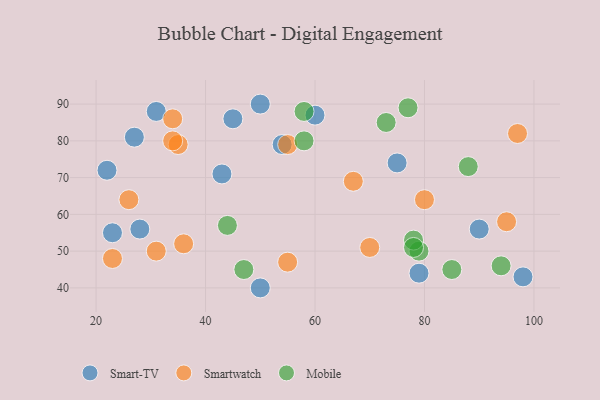
{"axis": {"x": "GDP", "y": "Life Expectancy"}, "legend": ["Mobile", "Smart-TV", "Smartwatch"], "data": [{"x": "98", "y": 43, "type": "Smart-TV"}, {"x": "31", "y": 88, "type": "Smart-TV"}, {"x": "75", "y": 74, "type": "Smart-TV"}, {"x": "90", "y": 56, "type": "Smart-TV"}, {"x": "60", "y": 87, "type": "Smart-TV"}, {"x": "54", "y": 79, "type": "Smart-TV"}, {"x": "50", "y": 40, "type": "Smart-TV"}, {"x": "27", "y": 81, "type": "Smart-TV"}, {"x": "43", "y": 71, "type": "Smart-TV"}, {"x": "50", "y": 90, "type": "Smart-TV"}, {"x": "23", "y": 55, "type": "Smart-TV"}, {"x": "28", "y": 56, "type": "Smart-TV"}, {"x": "45", "y": 86, "type": "Smart-TV"}, {"x": "22", "y": 72, "type": "Smart-TV"}, {"x": "79", "y": 44, "type": "Smart-TV"}, {"x": "31", "y": 50, "type": "Smartwatch"}, {"x": "95", "y": 58, "type": "Smartwatch"}, {"x": "35", "y": 79, "type": "Smartwatch"}, {"x": "70", "y": 51, "type": "Smartwatch"}, {"x": "34", "y": 86, "type": "Smartwatch"}, {"x": "55", "y": 79, "type": "Smartwatch"}, {"x": "80", "y": 64, "type": "Smartwatch"}, {"x": "55", "y": 47, "type": "Smartwatch"}, {"x": "23", "y": 48, "type": "Smartwatch"}, {"x": "26", "y": 64, "type": "Smartwatch"}, {"x": "97", "y": 82, "type": "Smartwatch"}, {"x": "67", "y": 69, "type": "Smartwatch"}, {"x": "34", "y": 80, "type": "Smartwatch"}, {"x": "36", "y": 52, "type": "Smartwatch"}, {"x": "79", "y": 50, "type": "Mobile"}, {"x": "78", "y": 53, "type": "Mobile"}, {"x": "78", "y": 51, "type": "Mobile"}, {"x": "73", "y": 85, "type": "Mobile"}, {"x": "44", "y": 57, "type": "Mobile"}, {"x": "85", "y": 45, "type": "Mobile"}, {"x": "58", "y": 88, "type": "Mobile"}, {"x": "94", "y": 46, "type": "Mobile"}, {"x": "58", "y": 80, "type": "Mobile"}, {"x": "77", "y": 89, "type": "Mobile"}, {"x": "47", "y": 45, "type": "Mobile"}, {"x": "88", "y": 73, "type": "Mobile"}]}